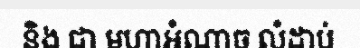
និង ជា មហាអំណាច លំដាប់